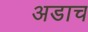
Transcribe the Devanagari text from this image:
अडाच